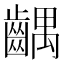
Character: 齵